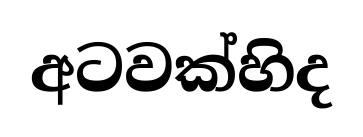
අටවක්හිද